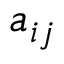
{ a } _ { i j }